Report on vaccination in Madras 1922-1929 - 1922-1929
Year: 1922
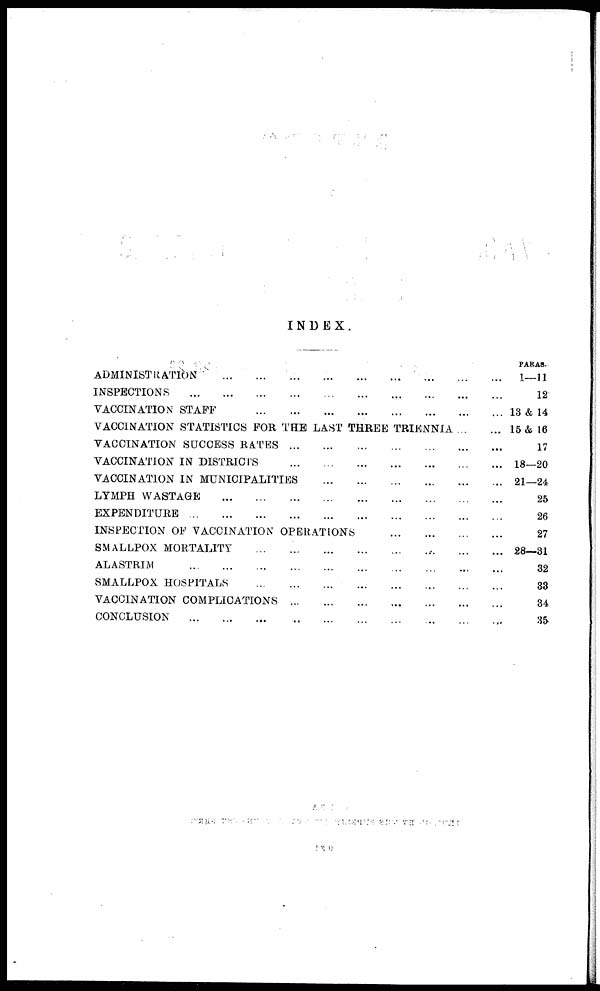
INDEX.
ADMINISTRATION
...
...
...
...
...
...
...
...
...
INSPECTIONS
...
...
...
...
...
...
...
...
...
...
VACCINATION STAFF
...
...
...
...
...
...
...
...
VACCINATION STATISTICS FOR THE LAST THREE TRIENNIA ... ...
VACCINATION SUCCESS RATES
...
...
...
...
...
...
...
VACCINATION IN DISTRICTS
...
...
...
...
...
...
...
VACCINATION IN MUNICIPALITIES
...
...
...
...
...
...
LYMPH WASTAGE
...
...
...
...
...
...
...
...
...
EXPENDITURE
...
...
...
...
...
...
...
...
...
...
INSPECTION OF VACCINATION OPERATIONS
...
...
...
...
SMALLPOX MORTALITY
...
...
...
...
...
...
...
...
ALASTRIM
...
...
...
...
...
...
...
...
...
...
SMALLPOX HOSPITALS
...
...
...
...
...
...
...
...
...
VACCINATION COMPLICATIONS
...
...
...
...
...
...
...
CONCLUSION
...
...
...
...
...
...
...
...
...
...
PARAS.
1—11
12
13 & 14
15 & 16
17
18—20
21—24
25
26
27
28—31
32
33
34
35